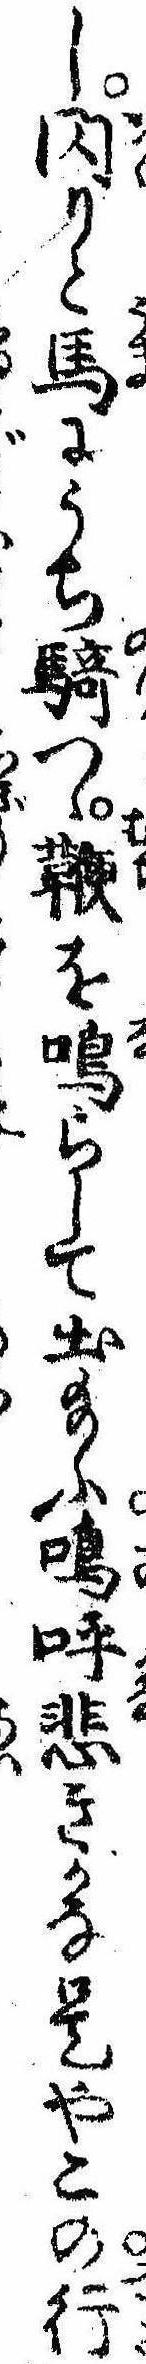
し閃りと馬にうち騎つゝ鞭を鳴らして出給ふ嗚呼悲きかな是やこの行